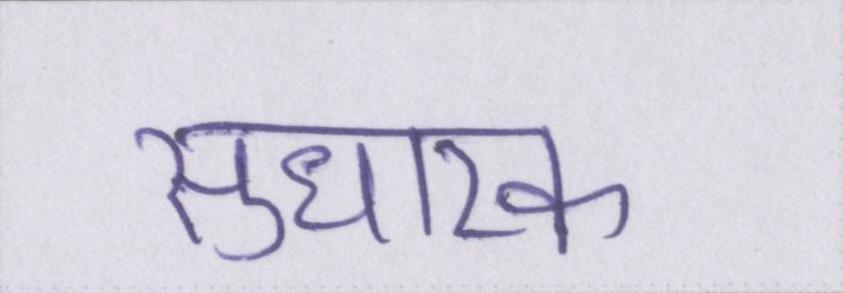
सुधारक